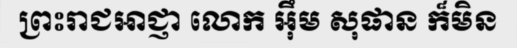
ព្រះរាជអាជ្ញា លោក អ៊ឹម សុផាន ក៏មិន